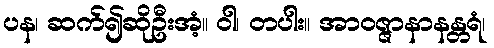
ပန၊ ဆက်၍ဆိုဦးအံ့။ ဝါ၊ တပါး။ အာဝဇ္ဇာနာနန္တရံ၊